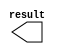
module con_x3 (
	result);

	output	[10:0]  result;

endmodule